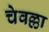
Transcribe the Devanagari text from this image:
चेवल्ला